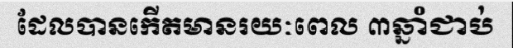
ដែលបានកើតមានរយៈពេល ៣ឆ្នាំជាប់